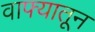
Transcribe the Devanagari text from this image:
वाफ्यातून